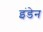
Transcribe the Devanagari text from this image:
इंडेन